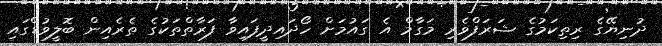
ދުނިޔޭގެ ރިތިކަމުގެ ޝަރަފްވެރި މަގާމް އެ ގައުމަށް ހޯދައިދީފައިވާ ފަރާތްތަކުގެ ތެރެއިން ބޮލީވުޑްގައި